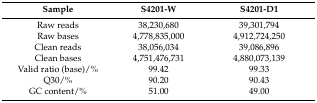
<table><thead><tr><td><b>Sample</b></td><td><b>S4201-W</b></td><td><b>S4201-D1</b></td></tr></thead><tbody><tr><td>Raw reads</td><td>38,230,680</td><td>39,301,794</td></tr><tr><td>Raw bases</td><td>4,778,835,000</td><td>4,912,724,250</td></tr><tr><td>Clean reads</td><td>38,056,034</td><td>39,086,896</td></tr><tr><td>Clean bases</td><td>4,751,476,731</td><td>4,880,073,139</td></tr><tr><td>Valid ratio (base)/%</td><td>99.42</td><td>99.33</td></tr><tr><td>Q30/%</td><td>90.20</td><td>90.43</td></tr><tr><td>GC content/%</td><td>51.00</td><td>49.00</td></tr></tbody></table>